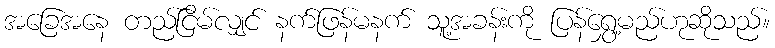
အခြေအနေ တည်ငြိမ်လျှင် နက်ဖြန်မနက် သူ့အခန်းကို ပြန်ရွှေ့မည်ဟုဆိုသည်။